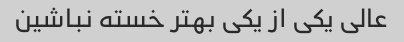
عالی یکی از یکی بهتر خسته نباشین